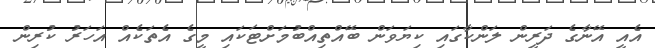
އެއީ އޭނާގެ ދަރީން ލަންކާގައި ކިޔަވަން ބޭއްތިއްބުމަށްޓަކައި މީގެ އެތަކެއް އަހަރު ކުރިން